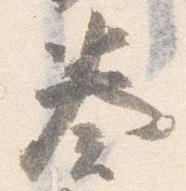
奏